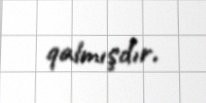
qalmışdır.